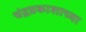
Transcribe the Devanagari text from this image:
चंद्रप्रकाशाच्या